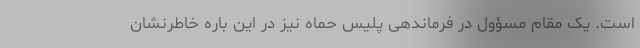
است. یک مقام مسؤول در فرماندهی پلیس حماه نیز در این باره خاطرنشان